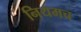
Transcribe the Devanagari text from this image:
नियमच